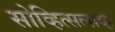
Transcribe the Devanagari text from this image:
सोव्हित्सलाव्ह